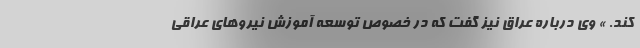
کند. » وی درباره عراق نیز گفت که در خصوص توسعه آموزش نیروهای عراقی